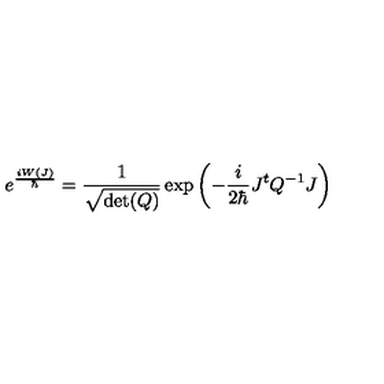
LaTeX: e ^ { \frac { i W ( J ) } { \hbar } } = \frac { 1 } { \sqrt { \det ( Q ) } } \exp \left( - \frac { i } { 2 \hbar } J ^ { t } Q ^ { - 1 } J \right)